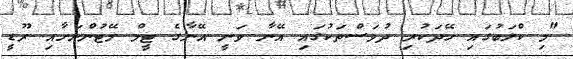
"މި ކްލަބުގައި ހޭދަކުރި ދުވަސްތަކުގައި އޭނާ ވަނީ އޭނާގެ ޓީމް މޭޓުންނަށާއި ރޫޑީ